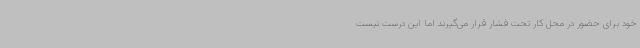
خود برای حضور در محل کار تحت فشار قرار می‌گیرند اما این درست نیست